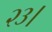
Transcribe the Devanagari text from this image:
२३।